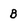
Character: b